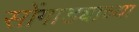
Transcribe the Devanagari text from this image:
सोंगाड्याच्या